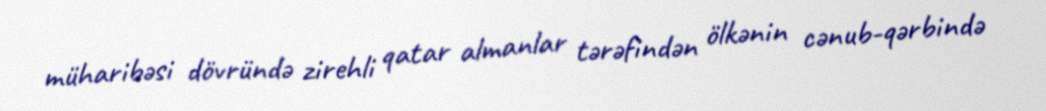
müharibəsi dövründə zirehli qatar almanlar tərəfindən ölkənin cənub-qərbində